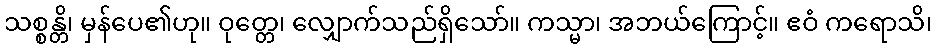
သစ္စန္တိ၊ မှန်ပေ၏ဟု။ ဝုတ္တေ၊ လျှောက်သည်ရှိသော်။ ကသ္မာ၊ အဘယ်ကြောင့်။ ဧဝံ ကရောသိ၊